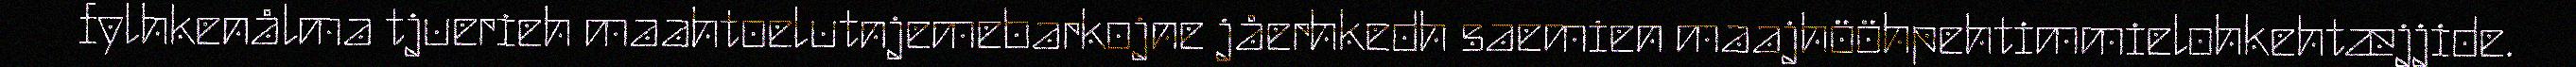
fylhkenålma tjuerieh maahtoelutnjemebarkojne jåerhkedh saemien maajhööhpehtimmielohkehtæjjide.